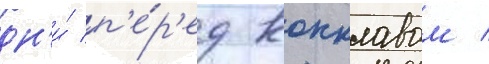
дн'и́ п'е́р'ед конклавом /